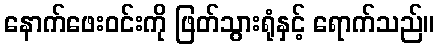
နောက်ဖေးဝင်းကို ဖြတ်သွားရုံနှင့် ရောက်သည်။